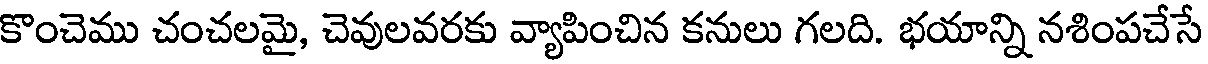
కొంచెము చంచలమై, చెవులవరకు వ్యాపించిన కనులు గలది. భయాన్ని నశింపచేసే